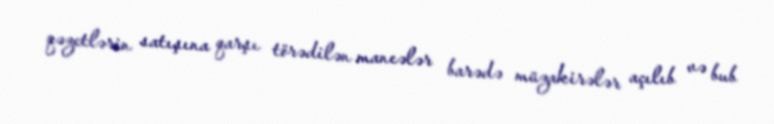
qəzetlərin satışına qarşı törədilən maneələr barədə müzakirələr açılıb və bub